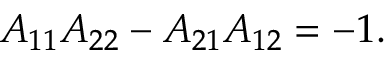
A _ { 1 1 } A _ { 2 2 } - A _ { 2 1 } A _ { 1 2 } = - 1 .